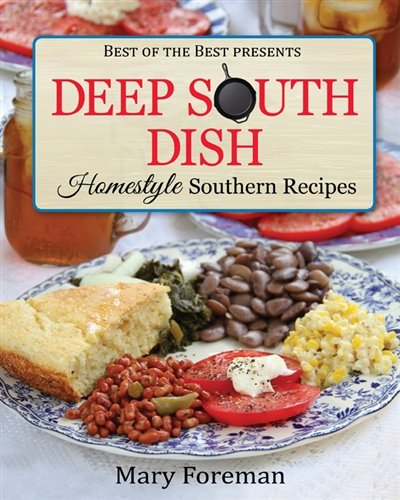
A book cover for Deep South Dish: Homestyle Southern Recipes (Best of the Best Presents); Mary Foreman; Cookbooks, Food & Wine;